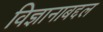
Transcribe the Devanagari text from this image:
विज्ञानाबद्दल